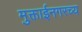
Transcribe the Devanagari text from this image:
मुक्ताईनगरच्य